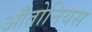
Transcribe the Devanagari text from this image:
आँतोनियस